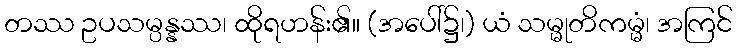
တဿ ဥပသမ္ပန္နဿ၊ ထိုရဟန်း၏။ (အပေါ်၌၊) ယံ သမ္မုတိကမ္မံ၊ အကြင်